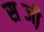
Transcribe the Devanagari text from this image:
सब्जी़